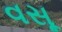
વસૂ